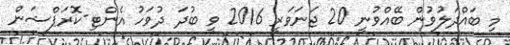
މި ބައްދަލުވުން ބޭއްވުނީ 20 ޖަނަވަރީ 2016 ވީ ބުދަ ދުވަހު އެންޓި-ކޮރަޕްޝަން